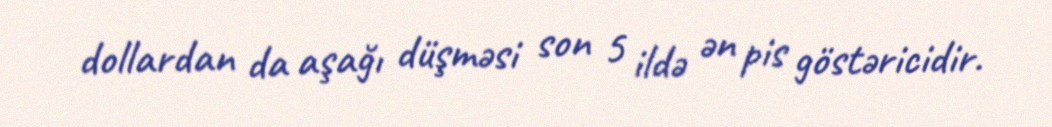
dollardan da aşağı düşməsi son 5 ildə ən pis göstəricidir.